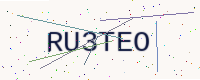
Text: RU3TEO